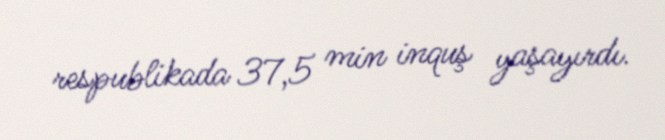
respublikada 37,5 min inquş yaşayırdı.